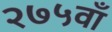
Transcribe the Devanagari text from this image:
२७५वाँ